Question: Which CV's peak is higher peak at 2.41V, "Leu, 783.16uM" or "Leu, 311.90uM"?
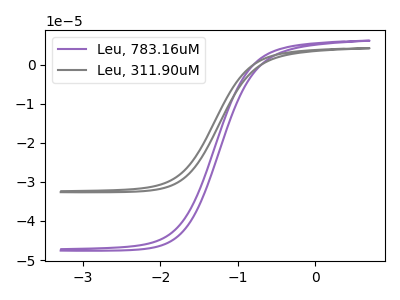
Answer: <think>The purple curve "Leu, 783.16uM" has no peaks. The gray curve "Leu, 311.90uM" has no peaks.</think>
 <answer>"Leu, 783.16uM" and "Leu, 311.90uM" dont share a peak at 2.41V.</answer>
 <eval>mismatch</eval>